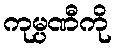
ကုမ္ပဏီကို